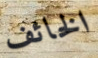
الخائف